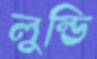
লুন্ডি